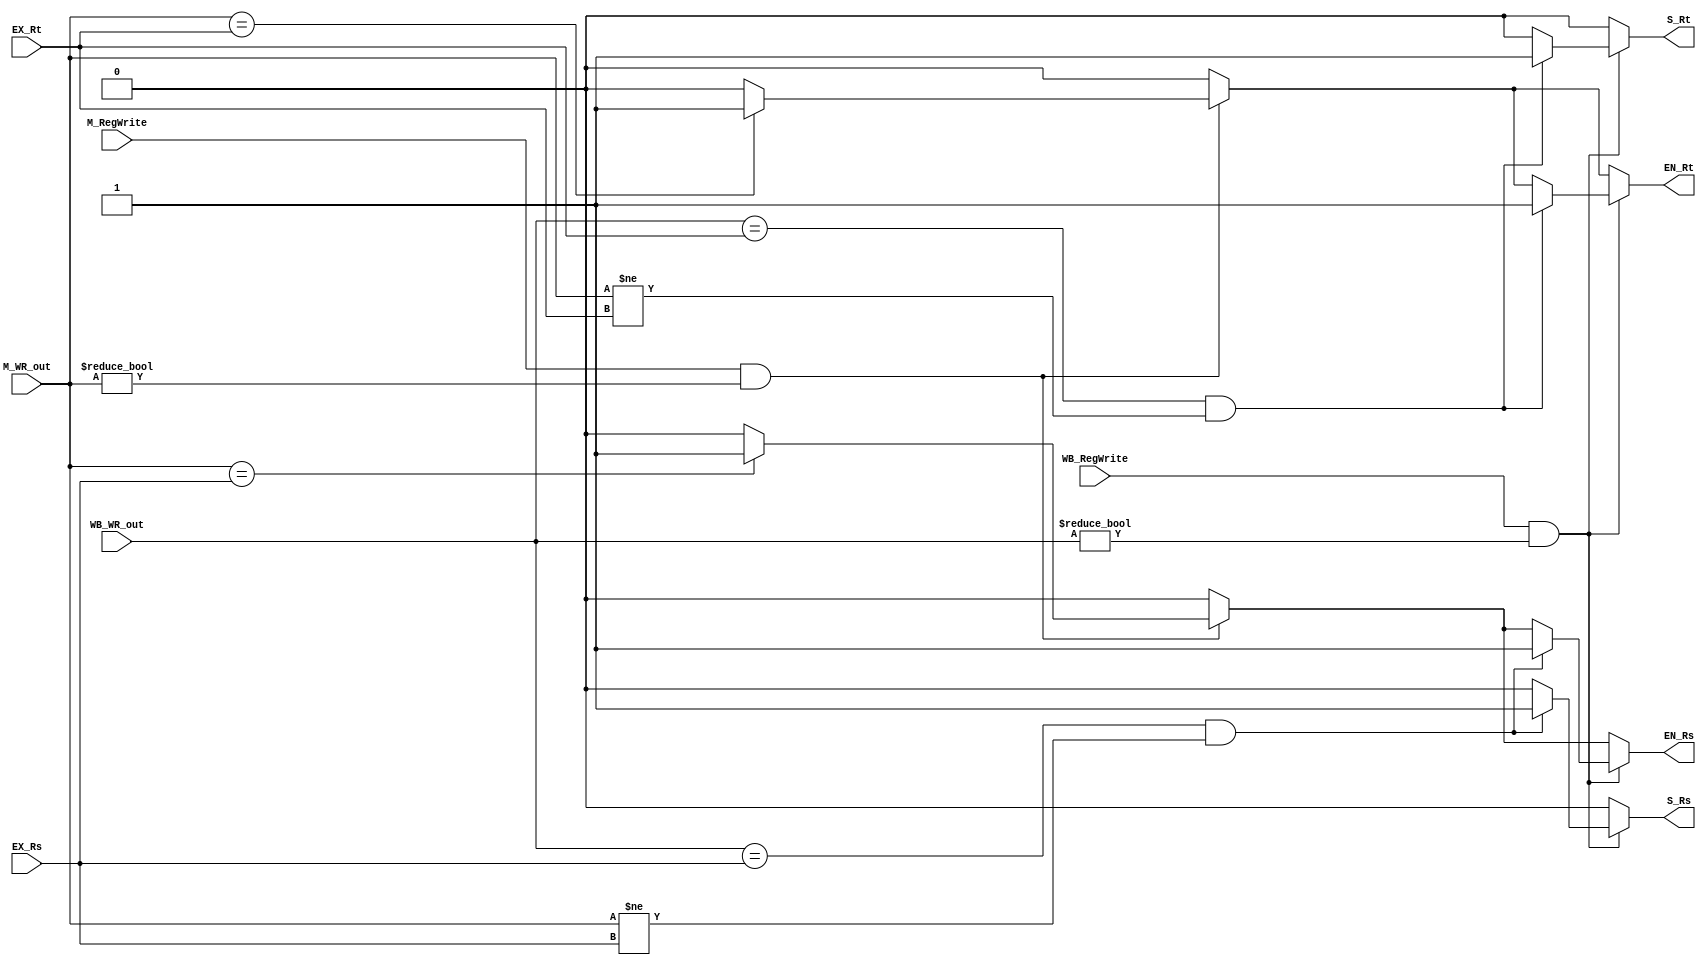
// Forwarding Unit

module FU ( // input 
			EX_Rs,
            EX_Rt,
			M_RegWrite,
			M_WR_out,
			WB_RegWrite,
			WB_WR_out,
			// output
			// write your code in here
			// Enable forwarding
			EN_Rs,	// EN:select origin RsRt or the forward data
			EN_Rt,	
			// Select Forward signal
			S_Rs,	// S: source of RsRt, 1=>data from WB 0=>data from MEM
			S_Rt);

	input [4:0] EX_Rs;
    input [4:0] EX_Rt;
    input M_RegWrite;
    input [4:0] M_WR_out;
    input WB_RegWrite;
    input [4:0] WB_WR_out;

	// write your code in here
	output reg EN_Rs, EN_Rt, S_Rs, S_Rt;
	
	always @(*)
	begin
		//initialize: no hazards
		EN_Rs <= 0;	
		EN_Rt <= 0;
		S_Rs <= 0;
		S_Rt <= 0;
		
		// EX hazard(EX/MEM)
		//The first ALU operand comes from prior ALU result
		if(M_RegWrite && (M_WR_out!=0))
		begin
			if(M_WR_out == EX_Rs)
			begin
				EN_Rs <= 1;
				S_Rs <= 0;
			end
			if(M_WR_out == EX_Rt)
			begin
				EN_Rt <= 1;
				S_Rt <= 0;
			end
		end
		
		// Mem hazard(MEM/WB)
		//The first ALU operand comes from data memory or early ALU result
		if(WB_RegWrite && (WB_WR_out!=0))
		begin
			if((WB_WR_out == EX_Rs) && (M_WR_out != EX_Rs))
			begin
				EN_Rs <= 1;
				S_Rs <= 1;
			end
			
			if((WB_WR_out == EX_Rt) && (M_WR_out != EX_Rt))
			begin
				EN_Rt <= 1;
				S_Rt <= 1;
			end
		end		
	end	
	
endmodule